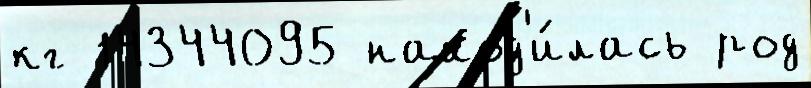
кг 14344095 наход'и́лась род